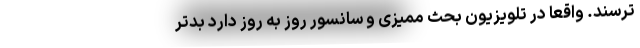
‌ترسند. واقعا در تلویزیون بحث ممیزی و سانسور روز به روز دارد بدتر